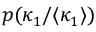
p ( \kappa _ { 1 } / \langle \kappa _ { 1 } \rangle )